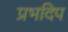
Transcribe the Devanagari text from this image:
प्रभदिप